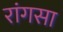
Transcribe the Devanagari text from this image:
रांगसा